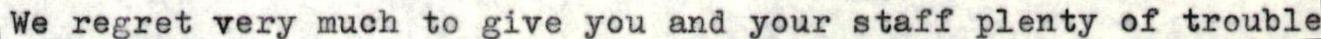
We regret very much to give you and your staff plenty of trouble